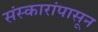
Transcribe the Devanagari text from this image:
संस्कारांपासून